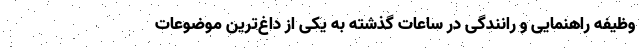
وظیفه راهنمایی و رانندگی در ساعات گذشته به یکی از داغ‌ترین موضوعات